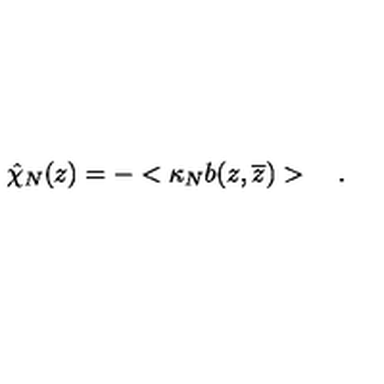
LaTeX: \hat { \chi } _ { N } ( z ) = - < \kappa _ { N } b ( z , \overline { z } ) > \quad .